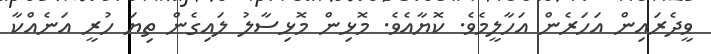
ވީދެރައިން އަހަރެން އަހާލީމެވެ. ކޮޔާއެވެ. މޮޅިން މޮޅިސާލު ލައިގެން ތިޔަ ހުރީ އަނެއްކާ